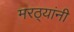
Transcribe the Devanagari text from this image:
मरठ्यांनी